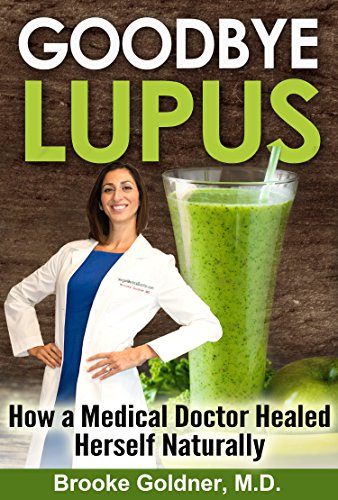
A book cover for Goodbye Lupus: How a Medical Doctor Healed Herself Naturally With Supermarket Foods; Brooke Goldner M.D.; Health, Fitness & Dieting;